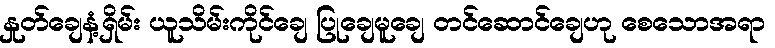
နှုတ်ချေနံ့ရှိမ်း ယူသိမ်းကိုင်ချေ ပြုချေမူချေ တင်ဆောင်ချေဟု စေသောအရာ